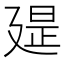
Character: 𢌪